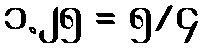
၁.၂၅ = ၅/၄